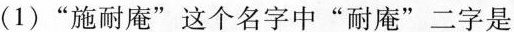
(1)”施耐庵”这个名字中”耐庵”二字是